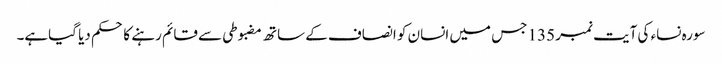
سورہ نساء کی آیت نمبر 135 جس میں انسان کو انصاف کے ساتھ مضبوطی سے قائم رہنے کا حکم دیا گیاہے۔